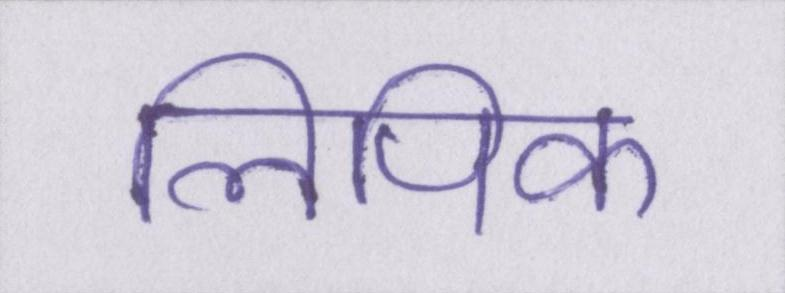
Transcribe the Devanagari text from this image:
लिपिक